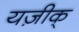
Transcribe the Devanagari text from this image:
यज़ीक्